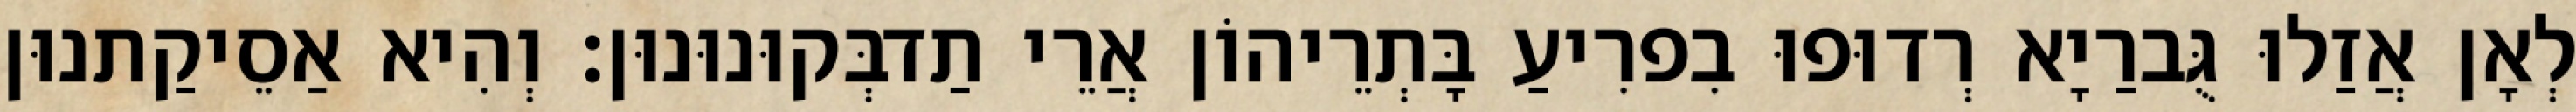
לְאָן אֲזַלוּ גֻּברַיָא רְדוּפוּ בִפרִיעַ בָּתְרֵיהוֹן אֲרֵי תַדבְּקוּנוּנוּן׃ וְהִיא אַסֵיקַתנוּן